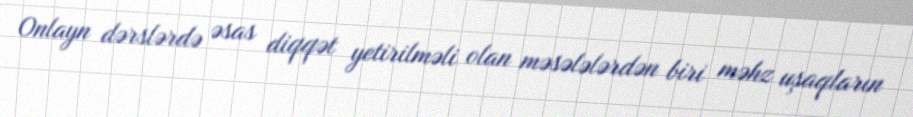
Onlayn dərslərdə əsas diqqət yetirilməli olan məsələlərdən biri məhz uşaqların